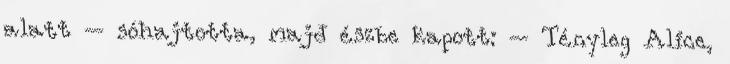
alatt – sóhajtotta, majd észbe kapott: – Tényleg Alice,